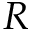
R